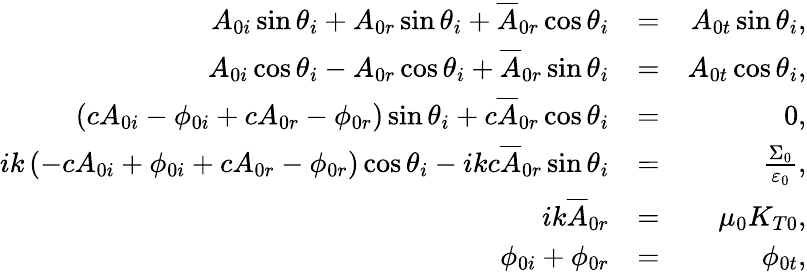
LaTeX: \begin{array}{rlr}{A_{0i}\sin\theta_{i}+A_{0r}\sin\theta_{i}+\overline{{A}}_{0r}\cos\theta_{i}}&{=}&{A_{0t}\sin\theta_{i},}\\ {A_{0i}\cos\theta_{i}-A_{0r}\cos\theta_{i}+\overline{{A}}_{0r}\sin\theta_{i}}&{=}&{A_{0t}\cos\theta_{i},}\\ {\left(cA_{0i}-\phi_{0i}+cA_{0r}-\phi_{0r}\right)\sin\theta_{i}+c\overline{{A}}_{0r}\cos\theta_{i}}&{=}&{0,}\\ {ik\left(-cA_{0i}+\phi_{0i}+cA_{0r}-\phi_{0r}\right)\cos\theta_{i}-ikc\overline{{A}}_{0r}\sin\theta_{i}}&{=}&{\frac{\Sigma_{0}}{\varepsilon_{0}},}\\ {ik\overline{{A}}_{0r}}&{=}&{\mu_{0}K_{T0},}\\ {\phi_{0i}+\phi_{0r}}&{=}&{\phi_{0t},}\end{array}